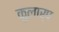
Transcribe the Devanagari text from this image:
कुलार्प